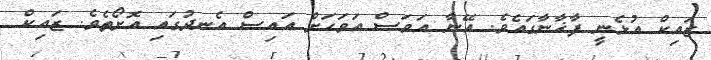
ޒައިކް އުޅެނީ ފާޚާނާގައެވެ. އޭނާ އަވަސް އަވަހަށް އައިސް އެނދުގައި އޮށޯތެވެ. ޒައިކް